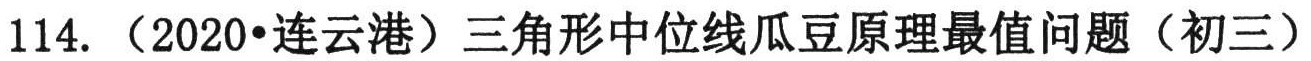
114. （2020•连云港）三角形中位线瓜豆原理最值问题（初三）